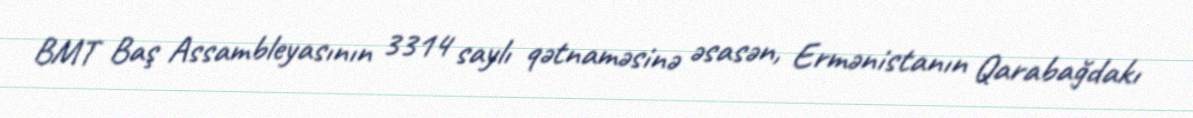
BMT Baş Assambleyasının 3314 saylı qətnaməsinə əsasən, Ermənistanın Qarabağdakı